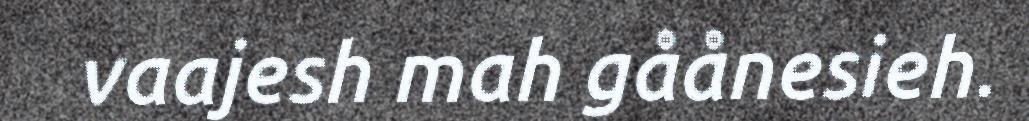
vaajesh mah gåånesieh.